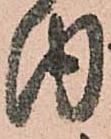
内